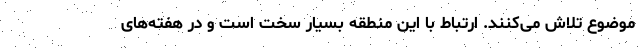
موضوع تلاش می‌کنند. ارتباط با این منطقه بسیار سخت است و در هفته‌های